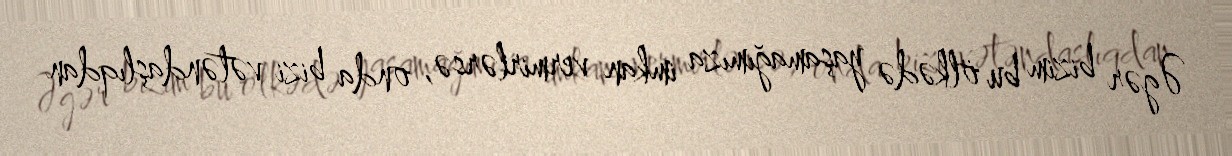
Əgər bizim bu ölkədə yaşamağımıza imkan vermirlərsə, onda bizi vətəndaşlıqdan